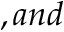
, a n d